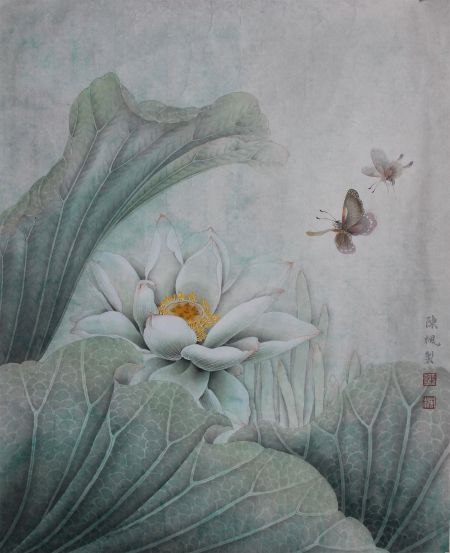
譬犹练丝，染之蓝则青，染之丹则赤。